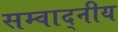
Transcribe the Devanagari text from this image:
सम्वाद्नीय